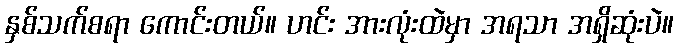
နှစ်သက်စရာ ကောင်းတယ်။ ဟင်း အားလုံးထဲမှာ အရသာ အရှိဆုံးပဲ။